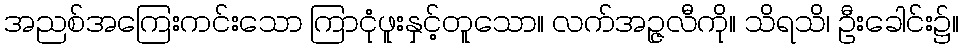
အညစ်အကြေးကင်းသော ကြာငုံဖူးနှင့်တူသော။ လက်အဉ္ဇလီကို။ သိရသိ၊ ဦးခေါင်း၌။